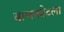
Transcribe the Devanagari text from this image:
बाणकोटला